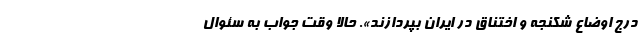
درج اوضاع شکنجه و اختناق در ایران بپردازند». حالا وقت جواب به سئوال